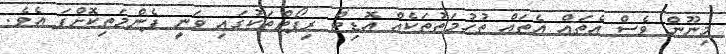
މިނޫން ވެސް އެތައް އެތައް ތުހުމަތުތަކެއް އޮޑިޓް ރިޕޯޓްތަކުގައި ވަނީ ފެންމަތިކޮށްފަ އެވެ.